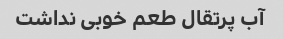
آب پرتقال طعم خوبی نداشت